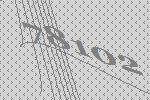
78102